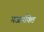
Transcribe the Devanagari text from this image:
गजपंक्ति